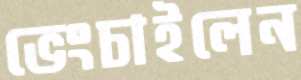
ভেংচাইলেন